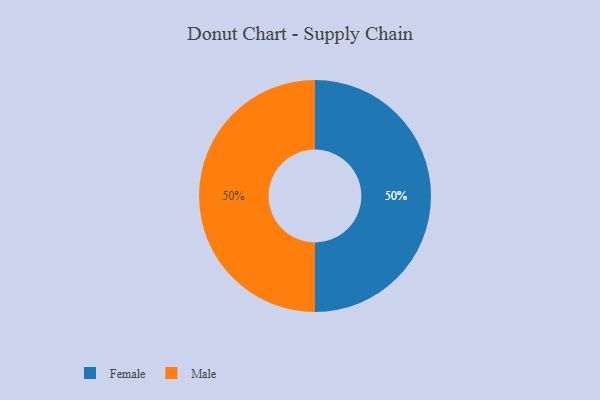
{"axis": {"x": "Category", "y": "Percentage"}, "legend": ["Female", "Male"], "data": [{"x": "Female", "y": 50, "type": "Female"}, {"x": "Male", "y": 50, "type": "Male"}]}